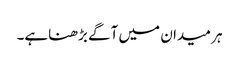
ہر میدان میں آگے بڑھناہے۔